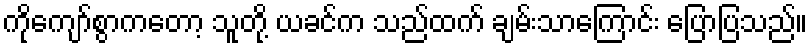
ကိုကျော်စွာကတော့ သူတို့ ယခင်က သည်ထက် ချမ်းသာကြောင်း ပြောပြသည်။